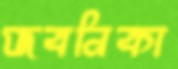
জবনিকা